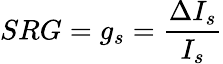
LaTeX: SRG=g_{s}=\frac{\Delta I_{s}}{I_{s}}